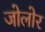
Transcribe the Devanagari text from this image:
जोलोर